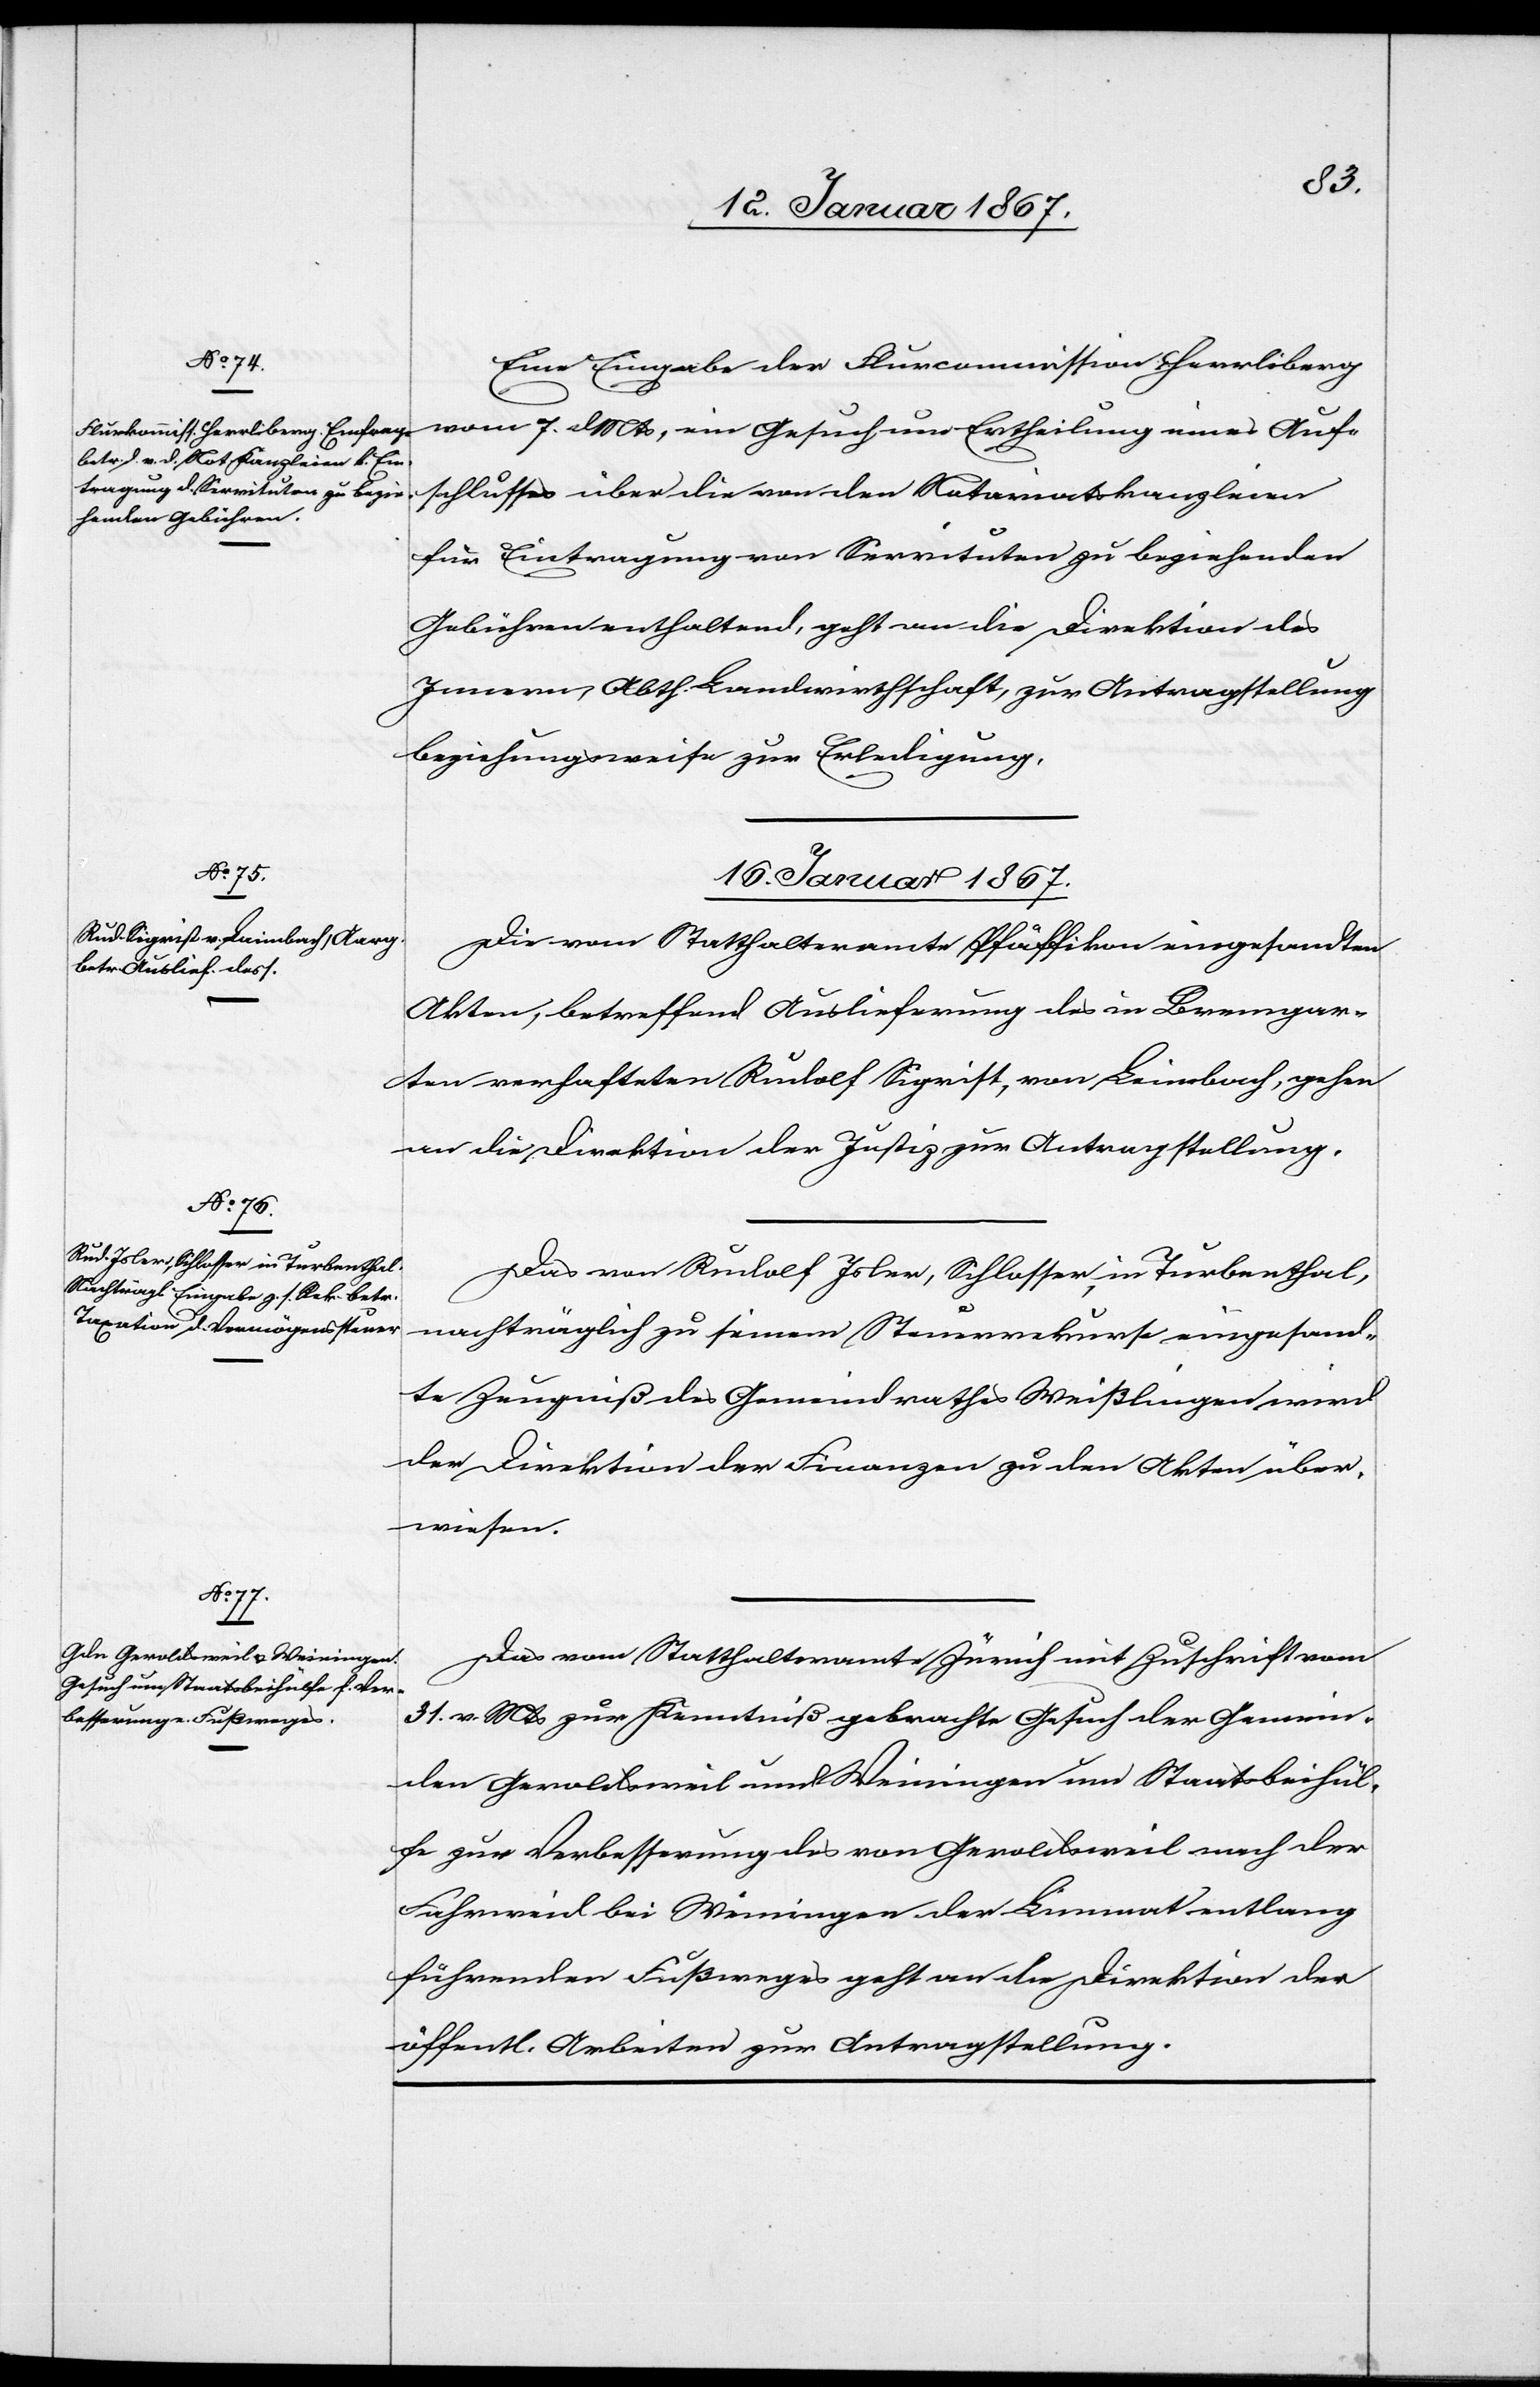
14. Januar 1867.]
Eine Eingabe der Flurcommission Herrliberg
vom 7. d. Mts, ein Gesuch um Ertheilung eines Auf¬
schlusses über die von den Notariatskanzleien
für Eintragung von Servituten zu beziehenden
Gebühren enthaltend, geht an die Direktion des
Innern, Abth. Landwirthschaft, zur Antragstellung
beziehungsweise zur Erledigung.
16. Januar 1867.]
Die vom Statthalteramte Pfäffikon eingesandten
Akten, betreffend Auslieferung des in Bremgar¬
ten verhafteten Rudolf Sigrist, von Leimbach, gehen
an die Direktion der Justiz zur Antragstellung.
Das von Rudolf Isler, Schlosser in Turbenthal,
nachträglich zu seinem Steuerrekurse eingesende¬
te Zeugniß des Gemeindrathes Weißlingen wird
der Direktion der Finanzen zu den Akten über¬
wiesen.
Das vom Statthalteramte Zürich mit Zuschrift vom
31. v. Mts zur Kenntniß gebrachte Gesuch der Gemein¬
den Geroldsweil und Weiningen um Staatsbeihül¬
fe zur Verbesserung des von Geroldsweil nach der
Fahrweid bei Weiningen der Limmat entlang
führenden Fußweges geht an die Direktion der
öffentl. Arbeiten zu Antragstellung.